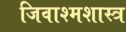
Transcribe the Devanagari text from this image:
जिवाश्मशास्त्र